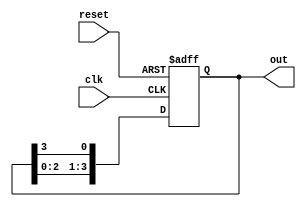
module ring_counter (
    input wire clk,          // Clock signal
    input wire reset,        // Reset signal
    output reg [N-1:0] out   // Output representing the state of the ring counter
);
    parameter N = 4;         // Number of states (adjust this for different sizes)

    // State transition logic
    always @(posedge clk or posedge reset) begin
        if (reset) begin
            out <= (1 << 0); // Initialize with only the first block set
        end else begin
            out <= {out[N-2:0], out[N-1]}; // Shift left (circular shift)
        end
    end
endmodule